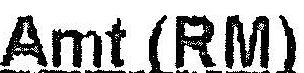
AMT (RM)